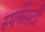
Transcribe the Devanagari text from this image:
स्पर्मेसटी